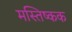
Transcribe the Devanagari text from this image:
मस्तिष्कक